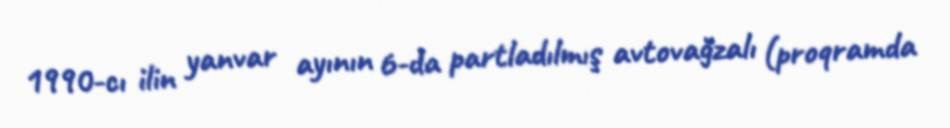
1990-cı ilin yanvar ayının 6-da partladılmış avtovağzalı (proqramda